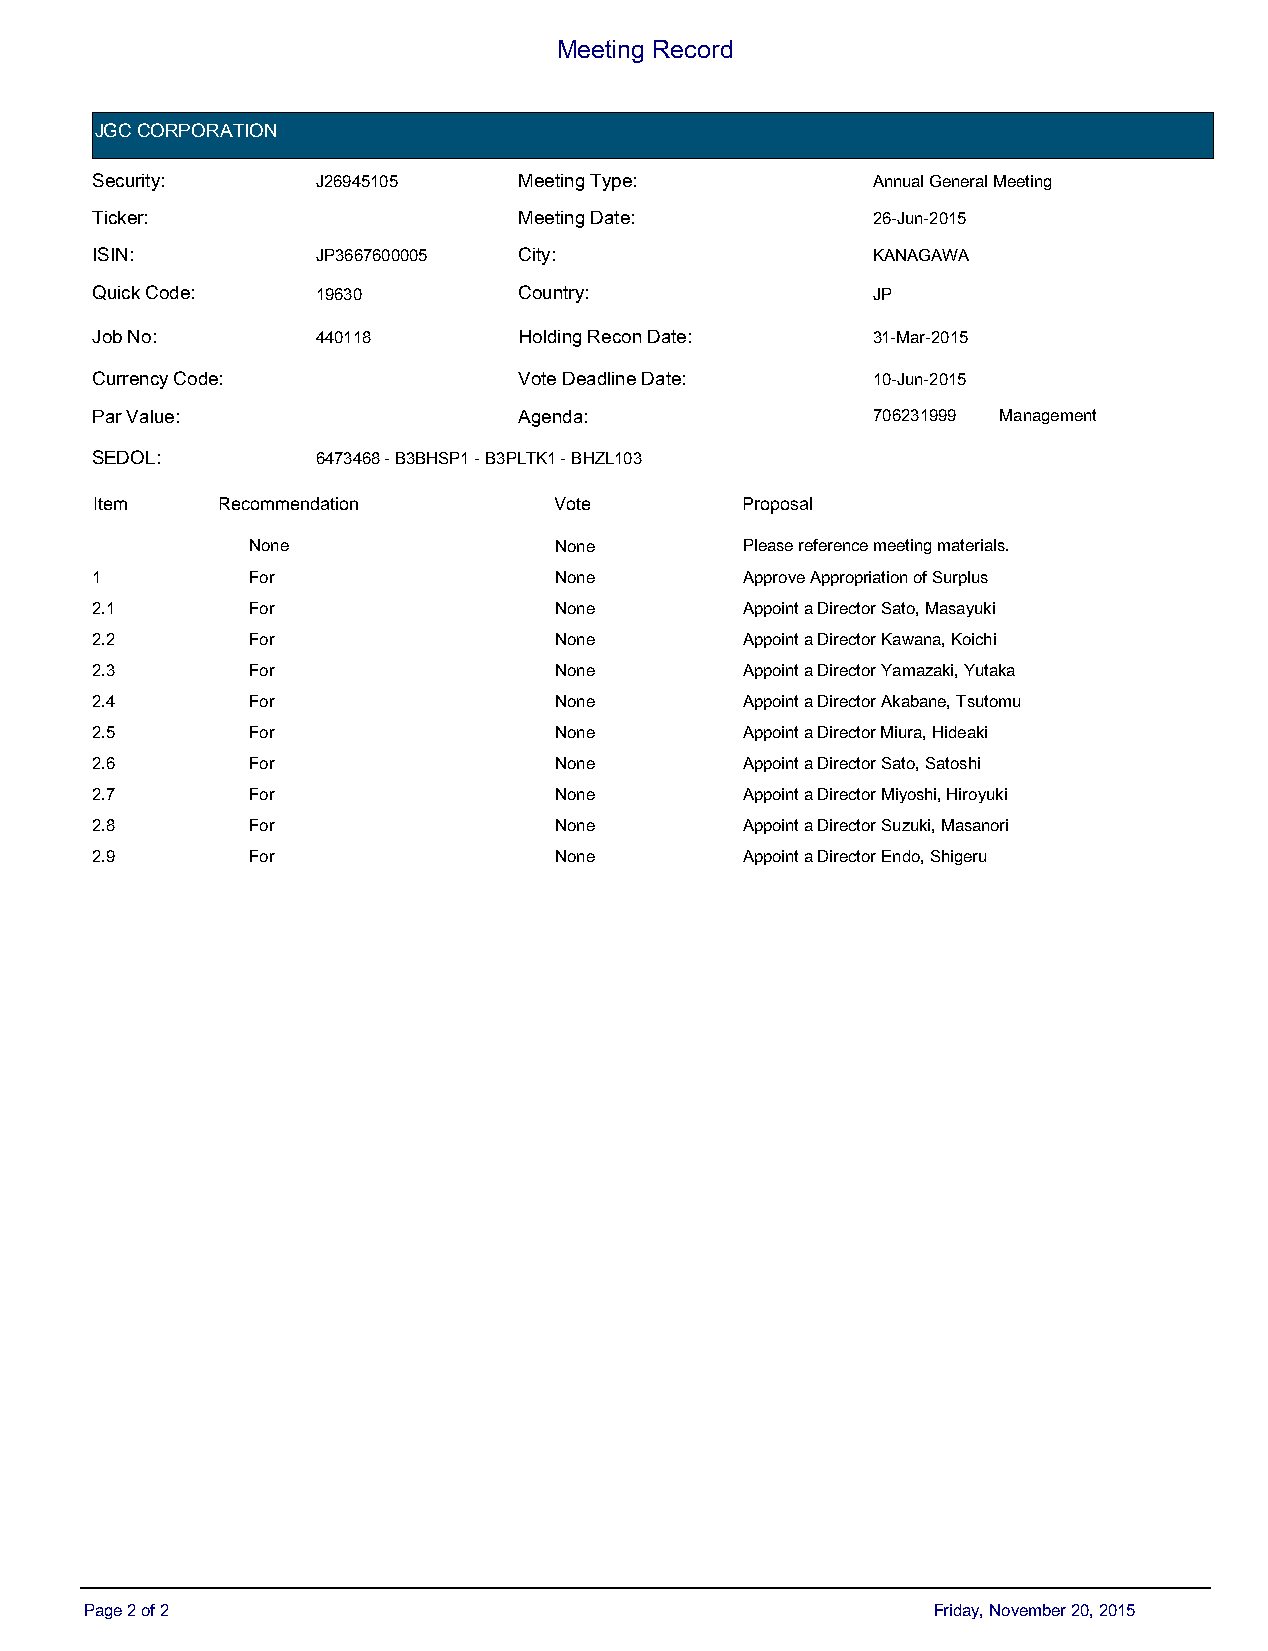
Meeting Record
 JGC CORPORATION
 Security:      J26945105    Meeting Type:           Annual General Meeting
 Ticker:                     Meeting Date:           26-Jun-2015
 ISIN:          JP3667600005 City:                   KANAGAWA
 Quick Code:    19630        Country:                JP
 Job No:        440118       Holding Recon Date:     31-Mar-2015
 Currency Code:              Vote Deadline Date:     10-Jun-2015
 Par Value:                  Agenda:                 706231999 Management
 SEDOL:         6473468 - B3BHSP1 - B3PLTK1 - BHZL103
 IItteemm RecRomecmoemnmdaetniodna t i o n VDoetfea u l t V o t e PPrrooppoossaall
 None                 None        Please reference meeting materials.
 1         For                  None        Approve Appropriation of Surplus
 2.1       For                  None        Appoint a Director Sato, Masayuki
 2.2       For                  None        Appoint a Director Kawana, Koichi
 2.3       For                  None        Appoint a Director Yamazaki, Yutaka
 2.4       For                  None        Appoint a Director Akabane, Tsutomu
 2.5       For                  None        Appoint a Director Miura, Hideaki
 2.6       For                  None        Appoint a Director Sato, Satoshi
 2.7       For                  None        Appoint a Director Miyoshi, Hiroyuki
 2.8       For                  None        Appoint a Director Suzuki, Masanori
 2.9       For                  None        Appoint a Director Endo, Shigeru
 Page 2 of 2                                             Friday, November 20, 2015